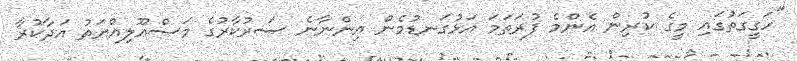
"ހަގީގަތުގައި މީގެ ކުރިން އެންމެ ފުރަތަމަ އަޅުގަނޑުމެން އިންނާނެ ސަރުކާރުގެ މަސްއޫލިއްޔަތު އަދާކުރާ